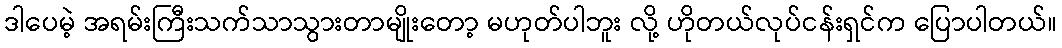
ဒါပေမဲ့ အရမ်းကြီးသက်သာသွားတာမျိုးတော့ မဟုတ်ပါဘူး လို့ ဟိုတယ်လုပ်ငန်းရှင်က ပြောပါတယ်။